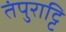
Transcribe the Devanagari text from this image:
तंपुराट्टि